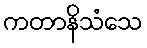
ကတာနိသံသေ